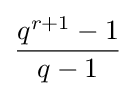
{\frac {q^{r+1}-1}{q-1}}